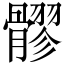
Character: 髎